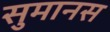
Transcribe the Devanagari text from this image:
सुमानस